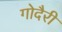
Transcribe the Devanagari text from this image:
गोदैरी